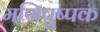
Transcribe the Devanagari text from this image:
मणिपुष्पक